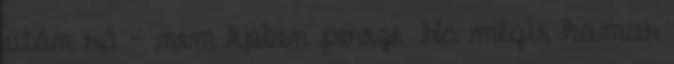
után rá – nem kpben persze. Ha mégis hamar